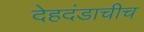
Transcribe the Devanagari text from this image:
देहदंडाचीच